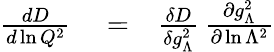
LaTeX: \begin{array}{rlr}{{\frac{dD}{d\ln Q^{2}}}}&{{}=}&{{\frac{\delta D}{\delta g_{\Lambda}^{2}}}\, {\frac{\partial g_{\Lambda}^{2}}{\partial\ln\Lambda^{2}}}}\end{array}